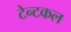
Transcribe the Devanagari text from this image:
टेन्टकल